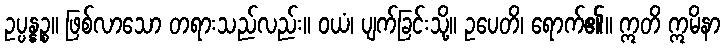
ဥပ္ပန္နဉ္စ။ ဖြစ်လာသော တရားသည်လည်း။ ဝယံ၊ ပျက်ခြင်းသို့။ ဥပေတိ၊ ရောက်၏။ ဣတိ ဣမိနာ